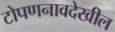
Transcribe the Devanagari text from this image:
टोपणनावदेखील